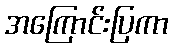
အကြောင်းပြကာ